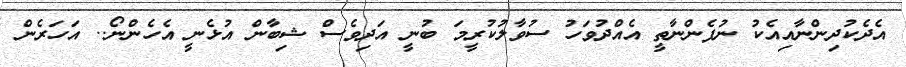
އެދެކުދިންނާއިއެކު ނުފެންނާތީ އެއްދުވަހު ސުވާލުކުރީމަ ބުނީ އަދިވެސް ޝިބާން އުޅެނީ އެހެންނޯ.. އަހަރެން